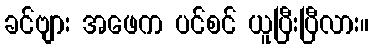
ခင်ဗျား အဖေက ပင်စင် ယူပြီးပြီလား။